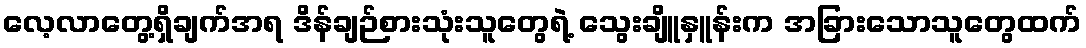
လေ့လာတွေ့ရှိချက်အရ ဒိန်ချဉ်စားသုံးသူတွေရဲ့ သွေးချိူနှူန်းက အခြားသောသူတွေထက်